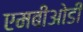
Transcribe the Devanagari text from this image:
एमबीओडी